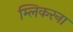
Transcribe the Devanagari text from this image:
म्लिकरना